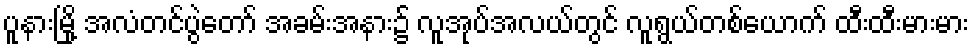
ပူနားမြို့ အလံတင်ပွဲတော် အခမ်းအနား၌ လူအုပ်အလယ်တွင် လူရွယ်တစ်ယောက် ထီးထီးမားမား